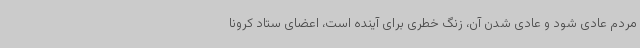
مردم عادی شود و عادی شدن آن، زنگ خطری برای آینده است، اعضای ستاد کرونا